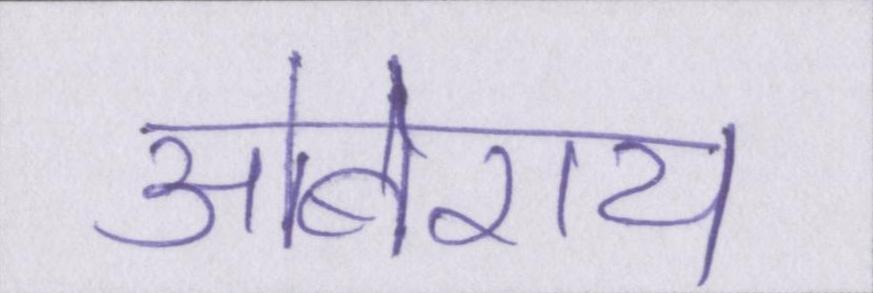
ओबेराय